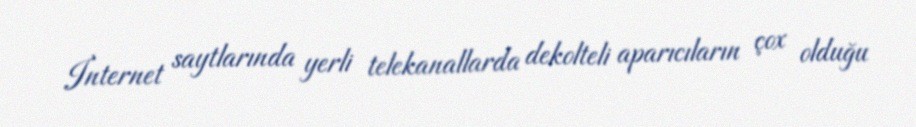
İnternet saytlarında yerli telekanallarda dekolteli aparıcıların çox olduğu